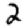
Digit: 2